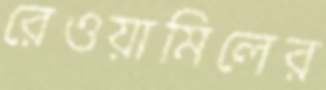
রেওয়ামিলের